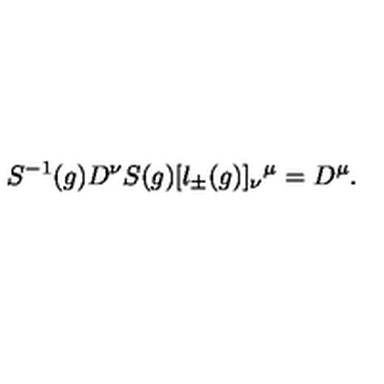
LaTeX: S ^ { - 1 } ( g ) D ^ { \nu } S ( g ) [ l _ { \pm } ( g ) ] _ { \nu } { } ^ { \mu } = D ^ { \mu } .